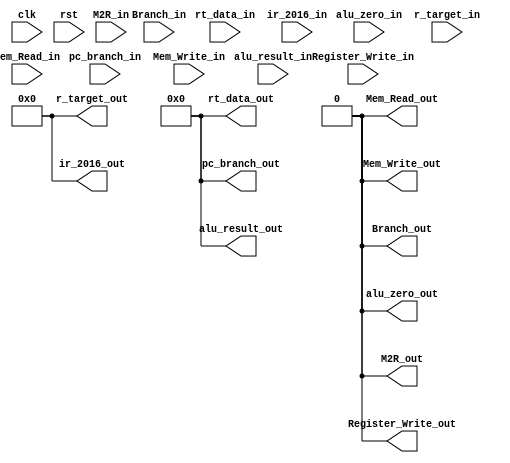
module EXE_MEM(clk,rst,
	pc_branch_in,alu_result_in,alu_zero_in,rt_data_in,r_target_in,Branch_in,Mem_Read_in,Mem_Write_in,Register_Write_in,M2R_in,
	pc_branch_out,alu_result_out,alu_zero_out,rt_data_out,r_target_out,Branch_out,Mem_Read_out,Mem_Write_out,Register_Write_out,M2R_out,
	ir_2016_out,ir_2016_in);
	
	input					clk;
	input					rst;

	input[31:0]				pc_branch_in;
	input[31:0]				alu_result_in;
	input					alu_zero_in;
	input[31:0]				rt_data_in;
	input[4:0]				r_target_in;
	input					Branch_in;
	input					Mem_Read_in;
	input					Mem_Write_in;
	input					Register_Write_in;
	input					M2R_in;
	input[4:0]				ir_2016_in;

	output reg[31:0]			pc_branch_out;
	output reg[31:0]			alu_result_out;
	output	 reg				alu_zero_out;
	output reg[31:0]			rt_data_out;
	output reg[4:0]				r_target_out;
	output	 reg				Branch_out;
	output		 reg			Mem_Read_out;
	output		 reg			Mem_Write_out;
	output		 reg			Register_Write_out;
	output		 reg			M2R_out;
	output	reg[4:0]			ir_2016_out;

	initial
	begin
			pc_branch_out=32'b0;
			alu_result_out=32'b0;
			alu_zero_out=1'b0;
			rt_data_out=32'b0;
			r_target_out=5'b0;
			Branch_out=1'b0;
			Mem_Read_out=1'b0;
			Mem_Write_out=1'b0;
			Register_Write_out=1'b0;
			M2R_out=1'b0;
			ir_2016_out=5'b0;
	end

	always @(posedge clk) 
	begin
		
			pc_branch_out<=pc_branch_in;
			alu_result_out<=alu_result_in;
			alu_zero_out<=alu_zero_in;
			rt_data_out<=rt_data_in;
			r_target_out<=r_target_in;
			Branch_out<=Branch_in;
			Mem_Read_out<=Mem_Read_in;
			Mem_Write_out<=Mem_Write_in;
			Register_Write_out<=Register_Write_in;
			M2R_out<=M2R_in;
			ir_2016_out<=ir_2016_in;
		
	end

	always @(posedge rst) 
	begin
		if (rst) 
		begin
			pc_branch_out=32'b0;
			alu_result_out=32'b0;
			alu_zero_out=1'b0;
			rt_data_out=32'b0;
			r_target_out=5'b0;
			Branch_out=1'b0;
			Mem_Read_out=1'b0;
			Mem_Write_out=1'b0;
			Register_Write_out=1'b0;
			M2R_out=1'b0;
			ir_2016_out=5'b0;
		end
	end
	
	
endmodule